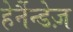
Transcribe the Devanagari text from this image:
हेर्नैन्डेज़